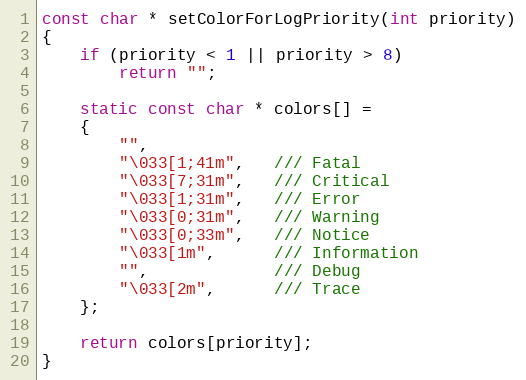
Language: C++
const char * setColorForLogPriority(int priority)
{
    if (priority < 1 || priority > 8)
        return "";

    static const char * colors[] =
    {
        "",
        "\033[1;41m",   /// Fatal
        "\033[7;31m",   /// Critical
        "\033[1;31m",   /// Error
        "\033[0;31m",   /// Warning
        "\033[0;33m",   /// Notice
        "\033[1m",      /// Information
        "",             /// Debug
        "\033[2m",      /// Trace
    };

    return colors[priority];
}